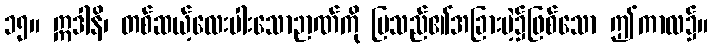
၁၅။ ဣဒါနိ၊ တစ်ဆယ့်လေးပါးသောဉာဏ်ကို ပြသည်၏အခြားမဲ့၌ဖြစ်သော ဤကာလ၌။